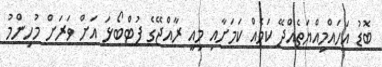
ބޮޑު އަހައްމިއްޔަތެއްދޭ ކަމެއް ކަމަށާއި މިއީ ރާއްޖޭގެ ފުޓްބޯޅަ އަށް ވަރަށް މުހިންމު